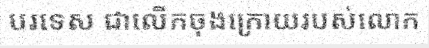
បរទេស ជាលើកចុងក្រោយរបស់លោក